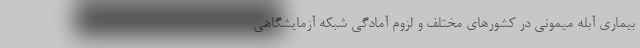
بیماری آبله میمونی در کشورهای مختلف و لزوم آمادگی شبکه آزمایشگاهی